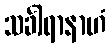
သင်္ခါရာနာဟံ